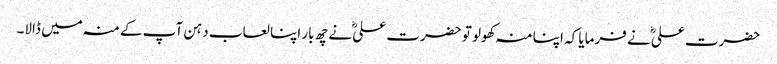
حضرت علیؓ نے فرمایا کہ اپنا منہ کھولو تو حضرت علیؓ نے چھ بار اپنا لعاب دہن آپ کے منہ میں ڈالا۔